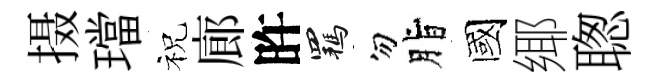
摄璫祝廊旿羈勿脂國鄊聦